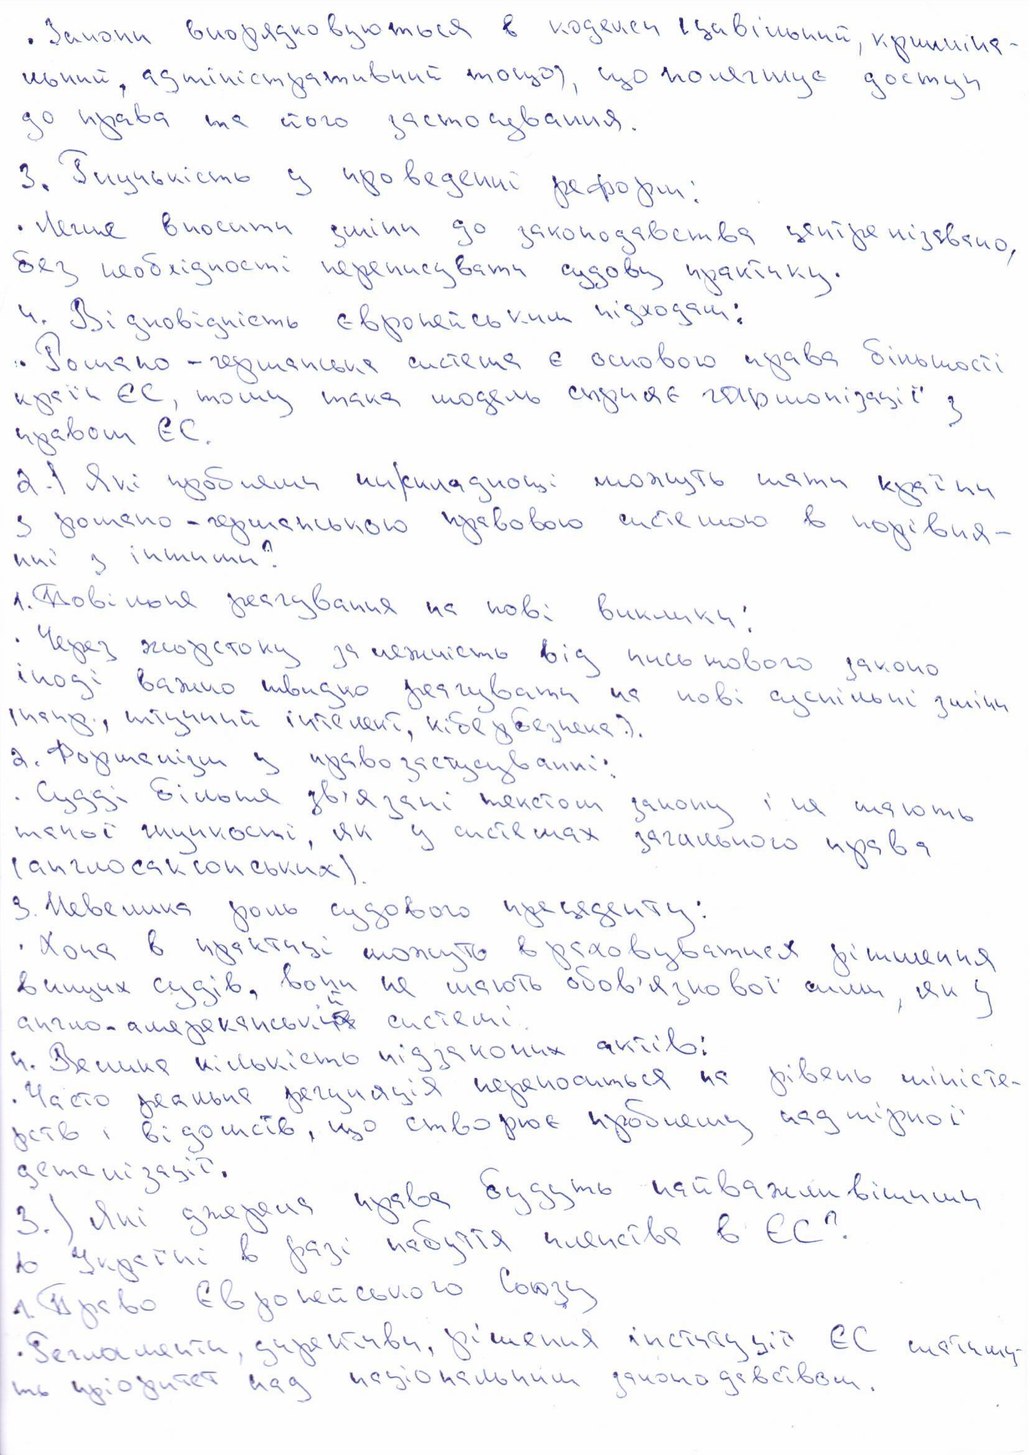
. Закони впорядковуються в кодекси (цивільний, криміна-
льний, адміністративний тощо), що полегшує доступ
до права та його застосування.
3. Гнучкість у проведенні реформ:
• Легше вносити зміни до законодавства централізовано,
без необхідності переписувати судову практику.
4. Відповідність європейським підходам:
• Романо-германська система є основою права більшості
країн ЄС, тому така модель сприяє гармонізації з
правом ЄС.
2.1 Які проблеми чи складнощі можуть мати країни
з романо-германською правовою системою в порівня-
нні з іншими?
1. Повільне реагування на нові виклики:
· Через жорстоку залежність від письмового законо
іноді важко швидко реагувати на нові суспільні зміни
(напр., штчний інтелект, кібербезпека.).
2. Формалізм у правозастосуванні:
• Судді більше зв'язані текстом закону і не мають
такої гнучкості, як у системах загального права
(англосаксонських).
3. Невелика роль судового прецеденту:
· Хоча в практиці можуть враховуватися рішення
вищих судів, вони не мають обов'язкової сили, як у
англо-американські~~м~~{й} системі.
4. Велика кількість підзаконних актів:
· Часто реальна регуляція переноситься на рівень міністе-
рств і відомств, що створює проблему надмірної
детенізації.
3.) Які джерела права будуть найважливішими
в Україні в разі набуття членства в ЄС?
1. Право Європейського Союзу
• Регламенти, директиви, рішення інституції ЄС матиму-
ть пріоритет над національним законодавством.